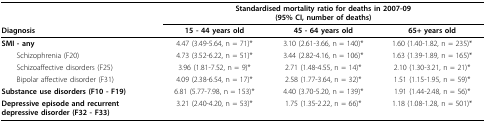
<table><thead><tr><td></td><td colspan="3"><b>Standardised mortality ratio for deaths in 2007-09(95% CI, number of deaths)</b></td></tr><tr><td><b>Diagnosis</b></td><td><b>15 - 44 years old</b></td><td><b>45 - 64 years old</b></td><td><b>65+ years old</b></td></tr></thead><tbody><tr><td><b>SMI - any</b></td><td>4.47 (3.49-5.64, n = 71)*</td><td>3.10 (2.61-3.66, n = 140)*</td><td>1.60 (1.40-1.82, n = 235)*</td></tr><tr><td> Schizophrenia (F20)</td><td>4.73 (3.52-6.22, n = 51)*</td><td>3.44 (2.82-4.16, n = 106)*</td><td>1.63 (1.39-1.89, n = 165)*</td></tr><tr><td> Schizoaffective disorders (F25)</td><td>3.96 (1.81-7.52, n = 9)*</td><td>2.71 (1.48-4.55, n = 14)*</td><td>2.10 (1.30-3.21, n = 21)*</td></tr><tr><td> Bipolar affective disorder (F31)</td><td>4.09 (2.38-6.54, n = 17)*</td><td>2.58 (1.77-3.64, n = 32)*</td><td>1.51 (1.15-1.95, n = 59)*</td></tr><tr><td><b>Substance use disorders (F10 - F19)</b></td><td>6.81 (5.77-7.98, n = 153)*</td><td>4.40 (3.70-5.20, n = 139)*</td><td>1.91 (1.44-2.48, n = 56)*</td></tr><tr><td><b>Depressive episode and recurrent depressive disorder (F32 - F33)</b></td><td>3.21 (2.40-4.20, n = 53)*</td><td>1.75 (1.35-2.22, n = 66)*</td><td>1.18 (1.08-1.28, n = 501)*</td></tr></tbody></table>